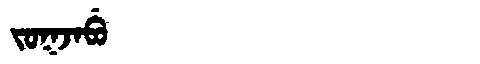
Manchu: ᠵᠣᡴᠵᠠᠪᡠ
Romanization: JOKJABU